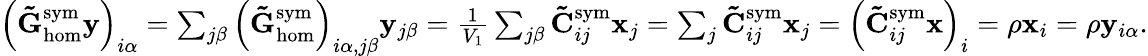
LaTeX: \begin{array}{r}{\left(\mathbf{\tilde{G}}_{\mathrm{hom}}^{\mathrm{sym}}\mathbf{y}\right)_{i\alpha}=\sum_{j\beta}\left(\mathbf{\tilde{G}}_{\mathrm{hom}}^{\mathrm{sym}}\right)_{i\alpha,j\beta}\mathbf{y}_{j\beta}=\frac{1}{V_{1}}\sum_{j\beta}\mathbf{\tilde{C}}_{ij}^{\mathrm{sym}}\mathbf{x}_{j}=\sum_{j}\mathbf{\tilde{C}}_{ij}^{\mathrm{sym}}\mathbf{x}_{j}=\left(\mathbf{\tilde{C}}_{ij}^{\mathrm{sym}}\mathbf{x}\right)_{i}=\rho\mathbf{x}_{i}=\rho\mathbf{y}_{i\alpha}.}\end{array}